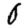
Digit: 0